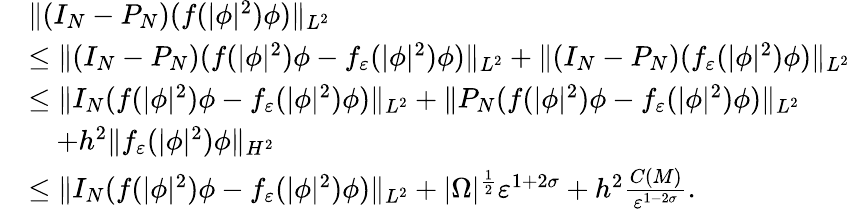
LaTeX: \begin{array}{rl}&{\| (I_{N}-P_{N})(f(|\phi|^{2})\phi)\| _{L^{2}}}\\ &{\leq\| (I_{N}-P_{N})(f(|\phi|^{2})\phi-f_{\varepsilon}(|\phi|^{2})\phi)\| _{L^{2}}+\| (I_{N}-P_{N})(f_{\varepsilon}(|\phi|^{2})\phi)\| _{L^{2}}}\\ &{\leq\| I_{N}(f(|\phi|^{2})\phi-f_{\varepsilon}(|\phi|^{2})\phi)\| _{L^{2}}+\| P_{N}(f(|\phi|^{2})\phi-f_{\varepsilon}(|\phi|^{2})\phi)\| _{L^{2}}}\\ &{\quad+h^{2}\| f_{\varepsilon}(|\phi|^{2})\phi\| _{H^{2}}}\\ &{\leq\| I_{N}(f(|\phi|^{2})\phi-f_{\varepsilon}(|\phi|^{2})\phi)\| _{L^{2}}+|\Omega|^{\frac{1}{2}}\varepsilon^{1+2\sigma}+h^{2}\frac{C(M)}{\varepsilon^{1-2\sigma}}.}\end{array}